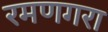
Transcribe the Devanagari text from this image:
रमणगरा